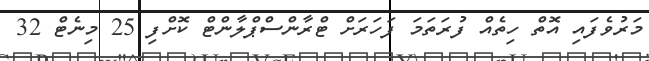
މަރުވެފައި އޮތް ހިތެއް ފުރަތަމަ ފަހަރަށް ޓްރާންސްޕްލާންޓް ކޮށްފި 25 މިނެޓް 32